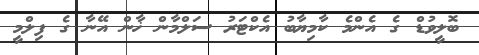
ބޮލީވުޑް ގެ އެންމެ ކާމިޔާބު އެކްޓަރު ސަލްމާން ޚާން އޭނާ ގެ ފިލްމީ